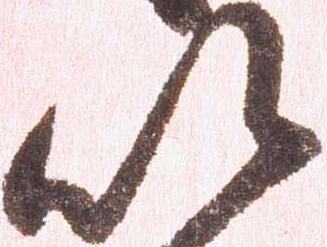
以